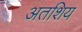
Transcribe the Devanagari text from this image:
अतशिय